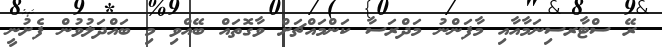
ރޭ ސްޓާރސިނަމާއާއި މާފަންނު މަދްރަސާ ކަންމައްޗަށް ވާގޮތައް ބޭއްވި މި ބައްދަލުވުން ފެށުނީ